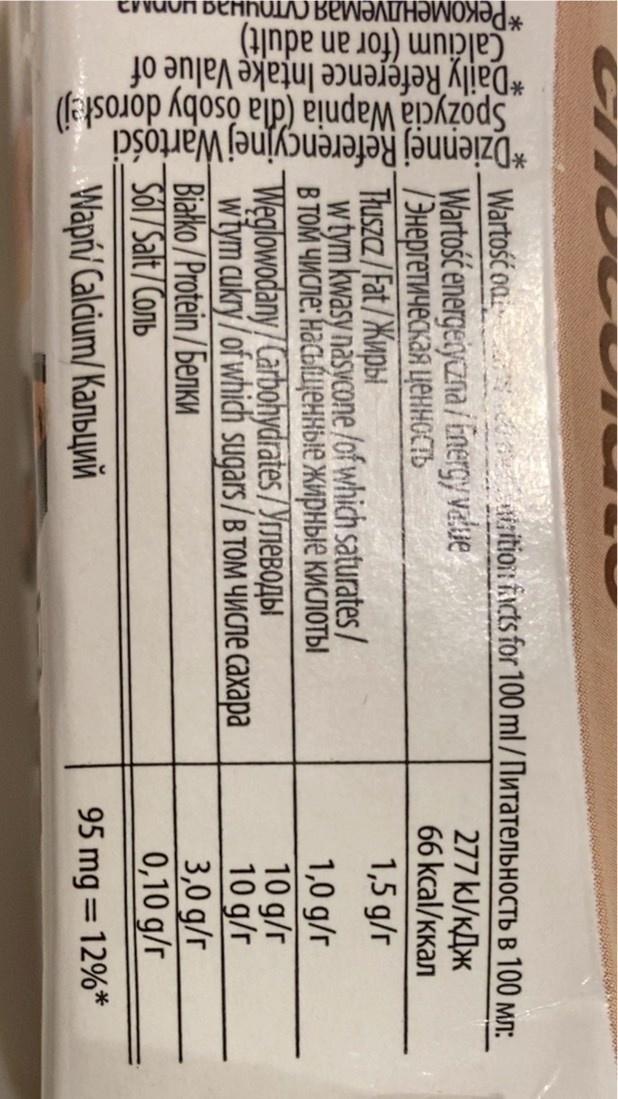
*Dziennej
*Рекомендуемая с Calcium (for an adult) *Daily Reference Intake Value of
Spożycia Wapnia (dla osoby dorosłej)
Wartości
Referencyjnej
tition facts for 100 ml/Питательность в 100 мл:
277 kJ/кДж
66 kcal/kкал
1,5 g/r
Wartość od
Wartość energetyczna/Energy value /Энергетическая ценность Tłuszcz/Fat/Kиpbl
w tym kwasy nasycone/of which saturates/ в том числе: насыщенные жирные кислоты Weglowodany/Carbohydrates/Yглеводыl w tym cukry/of which sugars / в TOM числе сaxapa Białko/Protein/benkи Sol/Salt/Comb
Wapń/Calcium/Kanьчий
1,0 g/r
10 g/r
10 g/r
3,0 g/r
0,10 g/r
95 mg = 12%*